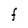
Character: F